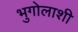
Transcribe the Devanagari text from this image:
भुगोलाशी